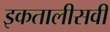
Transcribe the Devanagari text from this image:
इकतालीसवीं